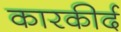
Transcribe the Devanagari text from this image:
कारकीर्द